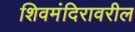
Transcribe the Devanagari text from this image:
शिवमंदिरावरील